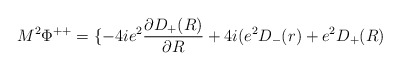
\begin{align*}M^2 {\Phi}^{++} = \{ -4ie^2 \frac{{\partial}D_{+}(R)}{{\partial}R}+ 4i (e^2 D_{-}(r) + e^2 D_{+}(R)\end{align*}